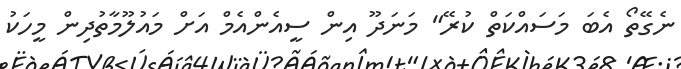
ނެގޭތޯ އެބަ މަސައްކަތް ކުރޭ" މަނަދޫ އިން ސީއެންއެމް އަށް މައުލޫމާތުދިން މީހަކު